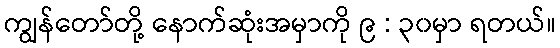
ကျွန်တော်တို့ နောက်ဆုံးအမှာကို ၉ : ၃၀မှာ ရတယ်။